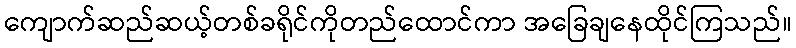
ကျောက်ဆည်ဆယ့်တစ်ခရိုင်ကိုတည်ထောင်ကာ အခြေချနေထိုင်ကြသည်။